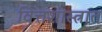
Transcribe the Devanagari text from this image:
वित्तशास्त्रात